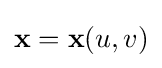
\mathbf {x} =\mathbf {x} (u,v)